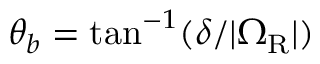
\theta _ { b } = \mathrm { t a n } ^ { - 1 } ( \delta / | \Omega _ { \mathrm { R } } | )